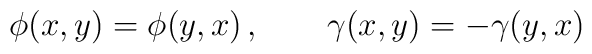
\phi(x,y)= \phi(y,x)\,,\qquad \gamma(x,y)=-\gamma(y,x) \,